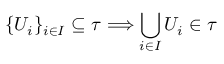
\{ U _ { i } \} _ { i \in I } \subseteq \tau \Longrightarrow \bigcup _ { i \in I } U _ { i } \in \tau \qquad